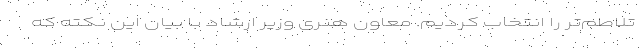
تلاطم‌تر را انتخاب کردیم. معاون هنری وزیر ارشاد با بیان این نکته که